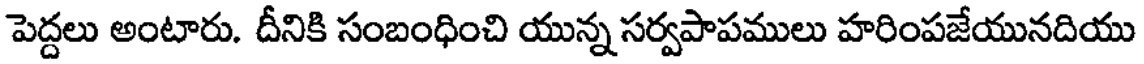
పెద్దలు అంటారు. దీనికి సంబంధించి యున్న సర్వపాపములు హరింపజేయునదియు